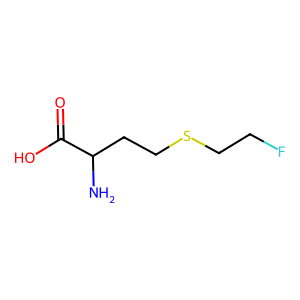
SMILES: NC(CCSCCF)C(=O)O
Inhibits HIV replication: No